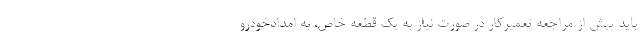
باید پیش از مراجعه تعمیرکار در صورت نیاز به یک قطعه خاص، به امدادخودرو